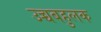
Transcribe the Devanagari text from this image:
उच्चबहुलक